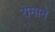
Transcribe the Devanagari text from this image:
रोमाने